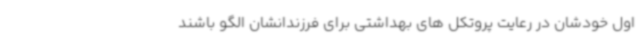
اول خودشان در رعایت پروتکل های بهداشتی برای فرزندانشان الگو باشند